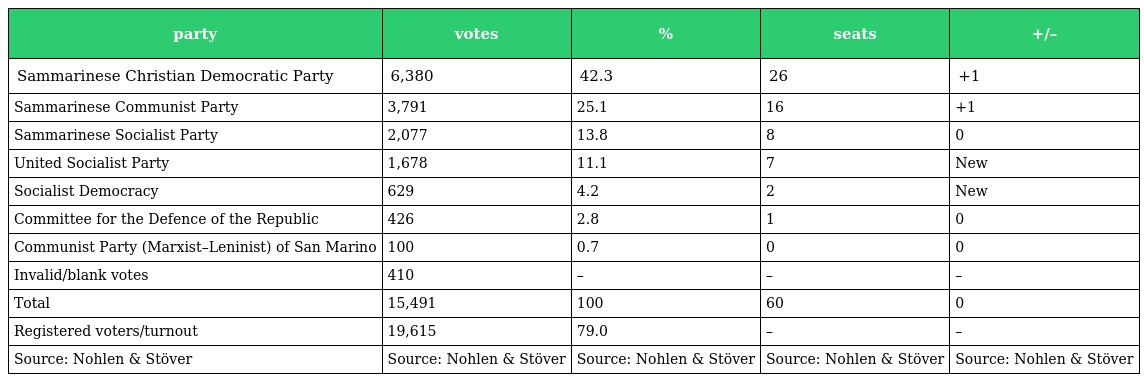
| party | votes | % | seats | +/– |
 | --- | --- | --- | --- | --- |
 | Sammarinese Christian Democratic Party | 6,380 | 42.3 | 26 | +1 |
 | Sammarinese Communist Party | 3,791 | 25.1 | 16 | +1 |
 | Sammarinese Socialist Party | 2,077 | 13.8 | 8 | 0 |
 | United Socialist Party | 1,678 | 11.1 | 7 | New |
 | Socialist Democracy | 629 | 4.2 | 2 | New |
 | Committee for the Defence of the Republic | 426 | 2.8 | 1 | 0 |
 | Communist Party (Marxist–Leninist) of San Marino | 100 | 0.7 | 0 | 0 |
 | Invalid/blank votes | 410 | – | – | – |
 | Total | 15,491 | 100 | 60 | 0 |
 | Registered voters/turnout | 19,615 | 79.0 | – | – |
 | Source: Nohlen & Stöver | Source: Nohlen & Stöver | Source: Nohlen & Stöver | Source: Nohlen & Stöver | Source: Nohlen & Stöver |